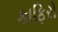
કાફિરો